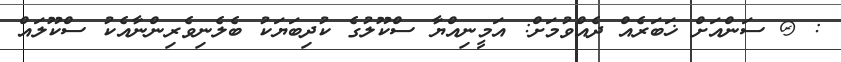
: @ ސަންއަށް ޚަބަރެއް ދެއްވުމަށް: އަމީނިއްޔާ ސްކޫލުގެ ކުދިބަޔަކު ބެލެނިވެރިންނާއެކު ސްކޫލައް